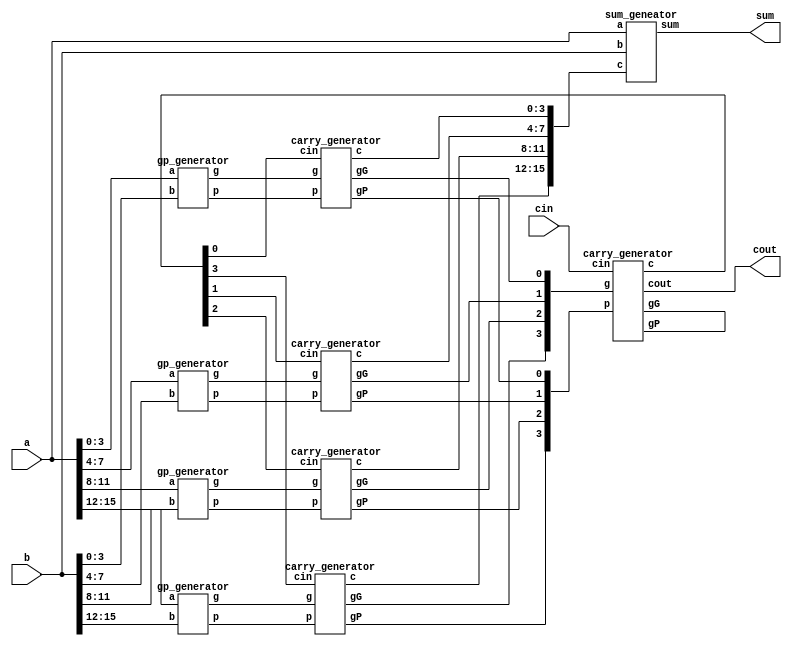
module CLA_16bit(a,b,cin,sum,cout);

    input [15:0] a,b;
    input cin;
    output [15:0] sum;
    output cout;

	//---Write down your design here---//

	wire [15:0] g,p;
	wire [15:0] c;
	wire [3:0] gG,gP;
	wire [3:0] c4_c8_c12;
	
    //generate g & p
	gp_generator gp_generator1(a[3:0] ,b[3:0] ,g[3:0] ,p[3:0]);
	gp_generator gp_generator2(a[7:4] ,b[7:4] ,g[7:4] ,p[7:4]);
	gp_generator gp_generator3(a[11:8] ,b[11:8] ,g[11:8] ,p[11:8]);
	gp_generator gp_generator4(a[15:12],b[15:12],g[15:12],p[15:12]);

	//generate carry c0,c4,c8,c12
	carry_generator carry_generator_c0(g[3:0] ,p[3:0] ,c4_c8_c12[0],c[3:0] ,gG[0],gP[0],);
	carry_generator carry_generator_c4(g[7:4] ,p[7:4] ,c4_c8_c12[1],c[7:4] ,gG[1],gP[1],);
	carry_generator carry_generator_c8(g[11:8] ,p[11:8] ,c4_c8_c12[2],c[11:8] ,gG[2],gP[2],);
	carry_generator carry_generator_c12(g[15:12],p[15:12],c4_c8_c12[3],c[15:12],gG[3],gP[3],);

	//generate all carrys
	carry_generator carry_generator_c(gG[3:0],gP[3:0],cin,c4_c8_c12[3:0],,,cout);

	//generate sum
	sum_geneator generate_sum(a[15:0], b[15:0], c[15:0], sum[15:0]);
	//---------------------------------//

endmodule

module gp_generator(a,b,g,p);

    input [3:0] a,b;
    output [3:0] g,p;
    
    // g = a x b && p = a + b
    assign g = a & b;
    assign p = a | b;

endmodule

module carry_generator(g,p,cin,c,gG,gP,cout);

    input [3:0] g,p;
    input cin;
    output gG,gP;
    output [3:0] c;
    output cout;

    //create gG and gP
    assign gG = g[3] | (p[3] & g[2]) | (p[3] & p[2] & g[1]) | (p[3] & p[2] & p[1] & g[0]);
	assign gP = p[3] & p[2] & p[1] & p[0];
	
    assign c[0] = cin;
    //create carrys
    assign c[1] = g[0] | (p[0] & cin);
    assign c[2] = g[1] | (p[1] & g[0]) | (p[1] & p[0] & cin);
    assign c[3] = g[2] | (p[2] & g[1]) | (p[2] & p[1] & g[0]) | (p[2] & p[1] & p[0] & cin);

    //cout
    assign cout = g[3] | (p[3] & g[2]) | (p[3] & p[2] & g[1]) | (p[3] & p[2] & p[1] & g[0]) | (p[3] & p[2] & p[1] & p[0] & cin);

endmodule

module sum_geneator(a,b,c,sum);

    input [15:0] a,b;
    input [15:0] c;
    output [15:0] sum;

    //sum = a ^ b ^ c;
    assign sum = a ^ b ^ c;

endmodule